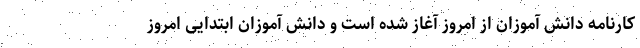
کارنامه دانش آموزان از امروز آغاز شده است و دانش آموزان ابتدایی امروز